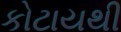
કોટાયથી